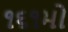
૧૬૧મો